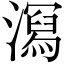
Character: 㵼